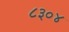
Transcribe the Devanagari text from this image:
८३०४